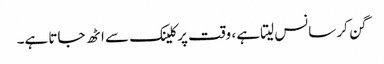
گن کر سانس لیتا ہے ، وقت پرکلینک سے اٹھ جاتا ہے۔